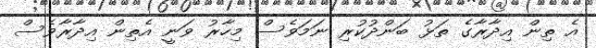
އެ ތިން އިދާރާގެ ތަޅު ބަންދުކުރި ނަމަވެސް މިހާރު ވަނީ އެތިން އިދާރާވެސް